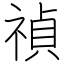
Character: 禎